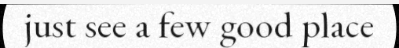
just see a few good place